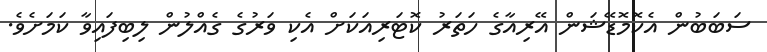
ސަބަބުން އެކޮމޮޑޭޝަން އޭރިއާގެ ހަތަރު ކޮޓަރިއަކަށް އެކި ވަރުގެ ގެއްލުން ލިބިފައިވާ ކަމަށެވެ.